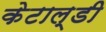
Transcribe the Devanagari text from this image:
केटाल्डी